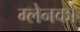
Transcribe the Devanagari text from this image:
ग्लेनको